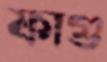
ফাগু